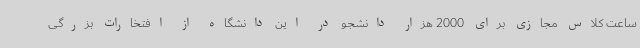
ساعت کلاس مجازی برای 2000 هزار دانشجو در این دانشگاه از افتخارات بزرگی